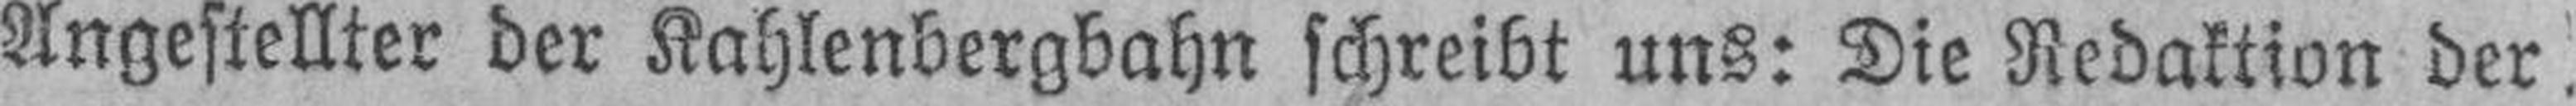
Angestellter der Kahlenbergbahn schreibt uns: Die Redaktion der